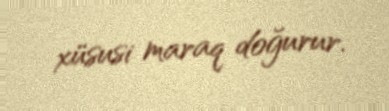
xüsusi maraq doğurur.